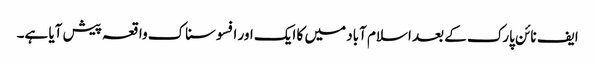
ایف نائن پارک کے بعد اسلام آباد میں کا ایک اور افسوسناک واقعہ پیش آیا ہے۔